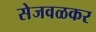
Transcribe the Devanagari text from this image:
सेजवळकर